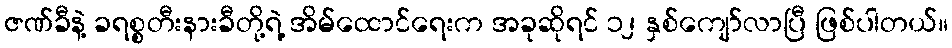
ဇဏ်ခီနဲ့ ခရစ္စတီးနားခီတို့ရဲ့ အိမ်ထောင်ရေးက အခုဆိုရင် ၁၂ နှစ်ကျော်လာပြီ ဖြစ်ပါတယ်။